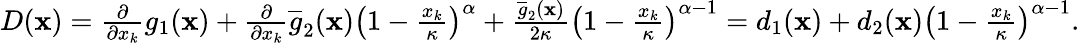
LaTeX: \begin{array}{r}{D(\mathbf{x})=\frac{\partial}{\partial x_{k}}g_{1}(\mathbf{x})+\frac{\partial}{\partial x_{k}}\overline{g}_{2}(\mathbf{x})\left(1-\frac{x_{k}}{\kappa}\right)^{\alpha}+\frac{\overline{g}_{2}(\mathbf{x})}{2\kappa}\left(1-\frac{x_{k}}{\kappa}\right)^{\alpha-1}=d_{1}(\mathbf{x})+d_{2}(\mathbf{x})\left(1-\frac{x_{k}}{\kappa}\right)^{\alpha-1}.}\end{array}